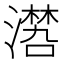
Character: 𣿏